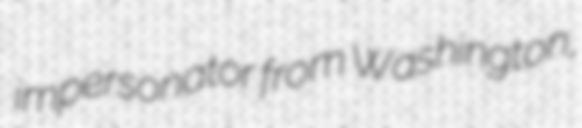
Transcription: impersonator from Washington,